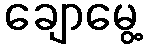
ချောမွေ့